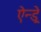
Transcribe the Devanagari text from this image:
ऐन्ड्रे